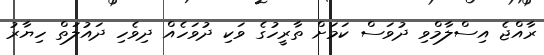
ރާއްޖެ އިސްލާމްވި ދުވަސް ކަމަށް ތާރީހުގެ ވަކި ދުވަހެއް ދިވެހި ދައުލަތް ހިޔާރު